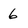
Character: 6